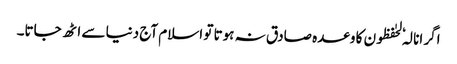
اگر انا لہٗ لحٰفظون کا وعدہ صادق نہ ہوتا تو اسلام آج دنیا سے اٹھ جاتا۔